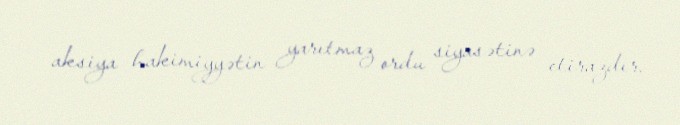
aksiya hakimiyyətin yarıtmaz ordu siyasətinə etirazdır.